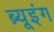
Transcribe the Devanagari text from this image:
ब्र्यूइंग